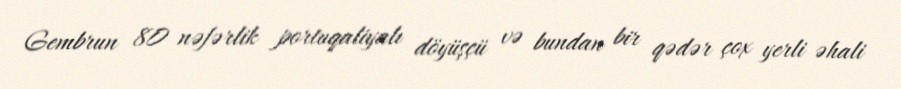
Gembrun 80 nəfərlik portuqaliyalı döyüşçü və bundan bir qədər çox yerli əhali